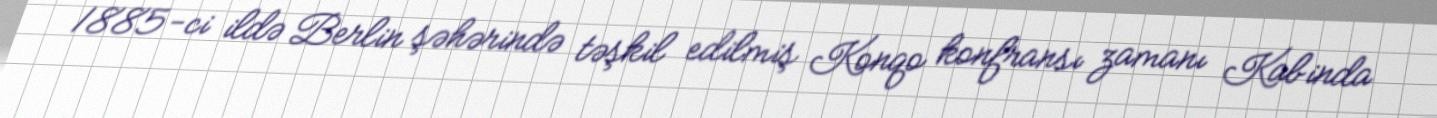
1885-ci ildə Berlin şəhərində təşkil edilmiş Konqo konfransı zamanı Kabinda